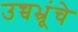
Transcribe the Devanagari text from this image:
उच्चभ्रूंचे